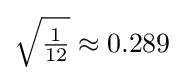
{\sqrt {\tfrac {1}{12}}}\approx 0.289